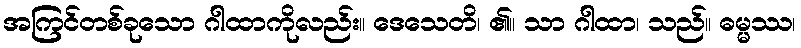
အကြင်တစ်ခုသော ဂါထာကိုလည်း။ ဒေသေတိ၊ ၏။ သာ ဂါထာ၊ သည်။ ဓမ္မဿ၊